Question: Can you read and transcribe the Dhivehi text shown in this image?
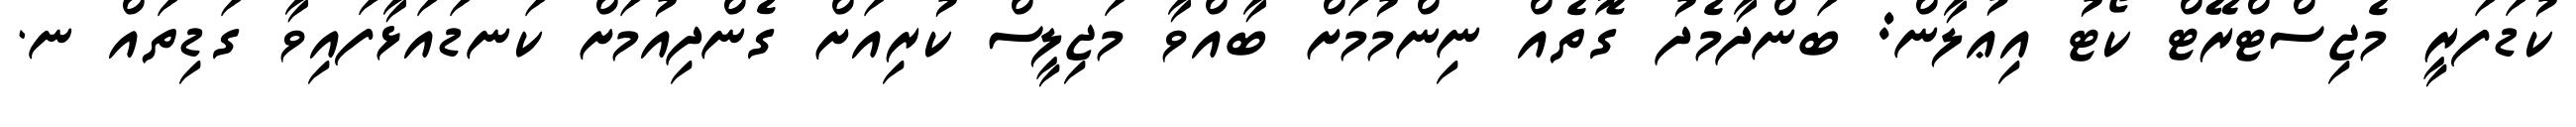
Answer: ކުޑަފަރީ މެޖިސްޓްރޭޓް ކޯޓު އިޢުލާން: ބަންދާމެދު ގޮތެއް ނިންމުމަށް ބާއްވާ މަޖިލީސް ކުރިއަށް ގެންދިއުމަށް ކަނޑައަޅާފައިވާ ގަޑިތައް ނ.